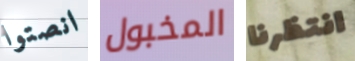
انصتوا المخبول انتظرنا